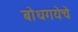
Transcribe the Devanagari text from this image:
बोधगयेचे